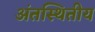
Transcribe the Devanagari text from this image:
अंतस्थितीय